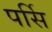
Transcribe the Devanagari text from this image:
पर्सि